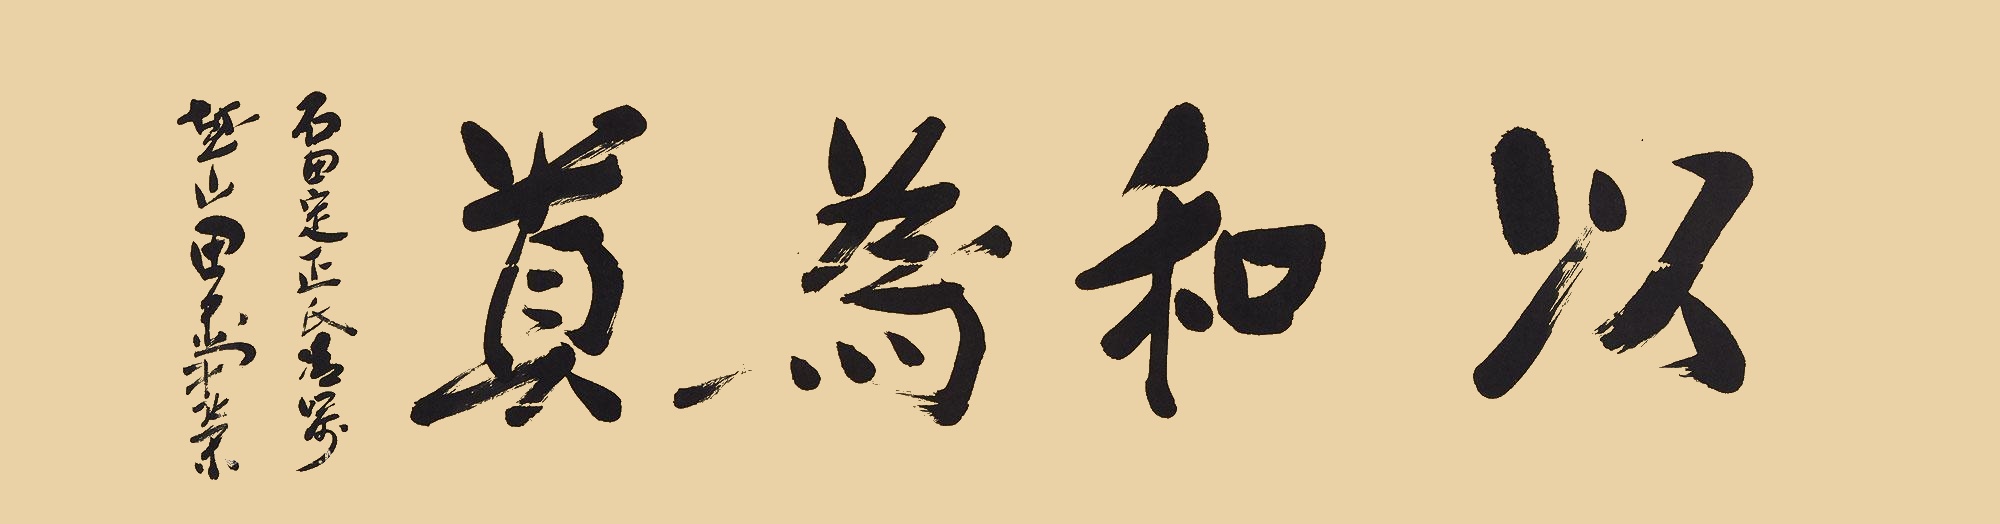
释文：以和为贵石田定正氏清属越山田中角荣。